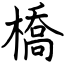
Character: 橋